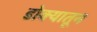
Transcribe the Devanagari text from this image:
डोक्‍यातून